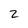
Character: z